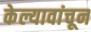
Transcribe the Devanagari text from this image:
केल्यावांचून